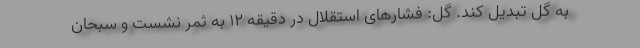
به گل تبدیل کند. گل: فشارهای استقلال در دقیقه ۱۲ به ثمر نشست و سبحان